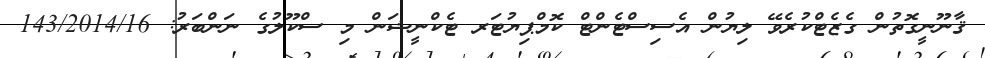
ޤާނޫނީގޮތުން ގެޒެޓްކުރެވޭ ލިޔުން އެސިސްޓެންޓް ކޮމްޕިޔުޓަރ ޓެކްނީޝަން މި ސްކޫލުގެ ނަންބަރު: 143/2014/16